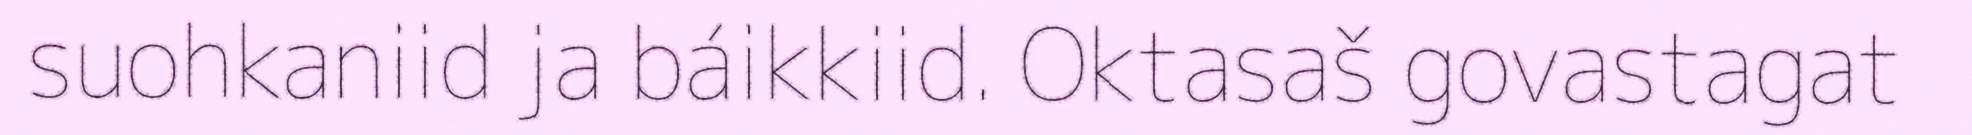
suohkaniid ja báikkiid. Oktasaš govastagat